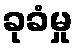
ခုခံမှု